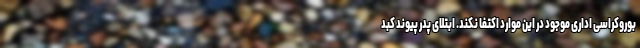
بوروکراسی اداری موجود در این موارد اکتفا نکند. ابتلای پدر پیوند کبد